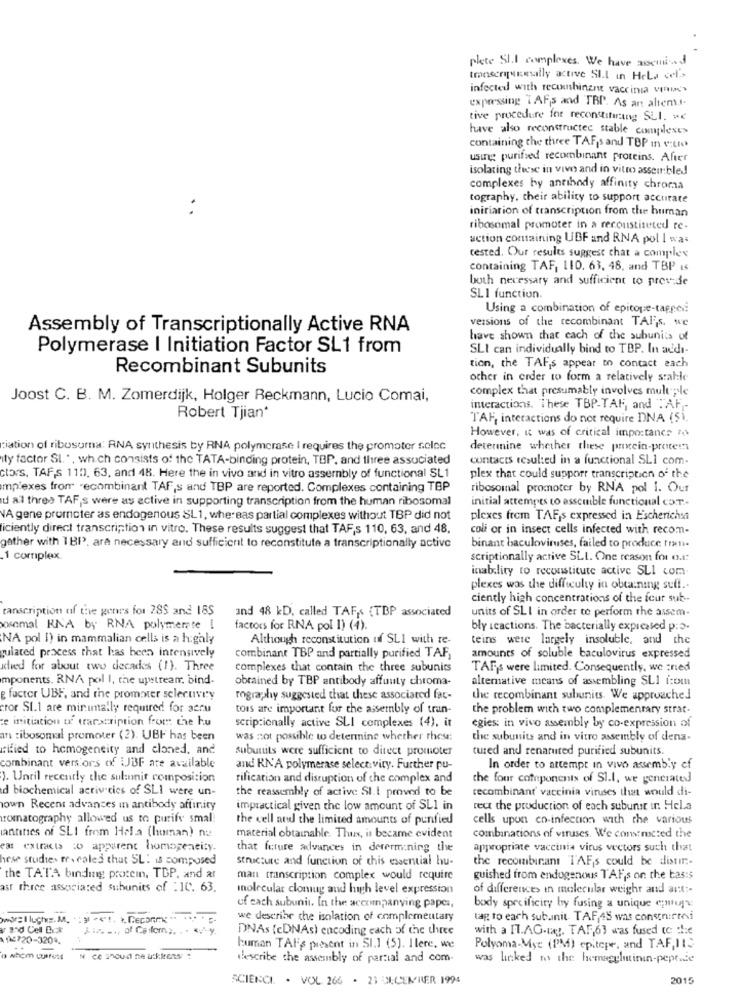
plate SI.I complexes. We have asseund
tmnseripviumnally active SI.l in Hela cel's
infected with recombinant vaccinia vne
expressing TAFs and TBP. As an allem.J.
tive procedure for reconstituring SLI. we
have also reconstructed stable complexes
containing the three TAFs and TOP In vitro
using purified recombinant proteins. After
isolating these in vivo and in vitro assembled
complexes by antibody affinity chroma
tography, their ability to support accurate
initiation of transcription from the human
ribosomal promoter in a reconstituted re-
action containing UBF and RNA pol I was
cested. Our results suggest chat a complex
containing TAF, 110. 63, 48, and TBP Is
both necessary and sufficient to provide
SLI function.
Using a combination of epitope-tapped
versions of the recombinant TAP,s. we
Assembly of Transcriptionally Active RNA
have shown that each of the subunits of
Polymerase I Initiation Factor SL1 from
SLI can individually bind to TBP. In add-
Recombinant Subunits
tion, the TAF,s appear to contact each
other in order to form a relatively stable
complex that presumably involves mult ple
Joost C. B. M. Zomerdijk, Holger Beckmann, Lucio Comai,
interactions. These TBP-TAH, and TAF ,-
Robert Tjian*
TAF, interactions do not require DNA (Si,
However, it was of critical importance as
ciation of ribosuma: ANA synthesis by RNA polymerase I requires the promoter selec
determine whether these prixein-proter
ity factor Sl. ", which consists of the TATA-binding protein, TBP, and three associated
contacts resulted in a functional SLI com-
ctors, TAF,s 110. 63, and 48. Here the in vivo and in vitro assembly of functional SL1
plex that could support transcription of the
mplexes from recombinant TAF,s and TBP are reported. Complexes containing TBP
ribosomal promoter by RNA pol I. Our
d all three TAF,s were as active in supporting transcription from the human ribosomal
initial attempts to assemble functional com-
VA gene promoter as endogenous SL1, whereas partial complexes without TBP did not
plexes frem TAF,s expressed in Escherichia
liciently direct transcription in vitro. These results suggest that TAF,s 110, 63, and 48.
coli or in insect cells infected with recom-
gather with 1BP>, ara necessary and sufficient to reconstitute a transcriptionally active
binant baculoviruses, failed to produce fraui-
.1 complex
scriptionally active SLI. One reason for o .:
inability to reconstitute active SLI com
plexes was the difficulty in obtaining sulf ..
ciently high concentrations of the four sub --
canscription of the genes for 28S and 18S
and 48 kD, called TAFs (TBP associated
units of SLI in order to perform the assem.
xoxsemal RNA by RNA polymerate [
factors for RNA pol I) (4).
bly icactions. The bacterially expressed p:o.
NA pol 1) in mammalian cells is a highly
Although reconstitution uf SLI with re-
teins were largely insoluble, and the
gulated process that has been intensively
combinant TBP and partially purified TAF,
amounts of soluble baculovirus expressed
atved for about two decades (1). Three
complexes that contain the three subunits
TAFs were limited. Consequently, we tried
imponents. RNA pol I, the upstream, bind-
obrained by TBP antibody affuuty chroma-
alternative means of assembling SLI (com
g factor UBF, and the promoter selecuviy
rography suggested that these associated fat-
the recombinant subunits. We approached
cror SI.1 are minimally required for accu
tors are important for the assembly of tran-
the problem with two complementary strat.
te initiation of transcription for the hu
scriptionally active SLI complexes (4). it
egies: in vivo assembly by co-expression of
an ribosomal promoter (2). UBF has been
was not possible to determine whether these:
the subunits and in vitro assembly of dena-
rified to homogeneity and cloned. and
subunits were sufficient to ditect promoter
tured and renaruted purified subunits.
combinant vers ors of UJBF are available
and RNA polymerase selectivity. Further pu-
In order to attempt in vivo assembly ef
). Until recently the sul:nnit composition
rification and disruption of the complex and
the four components of Sl.1, we generated
d biochemical activities of SLI were un-
the reassembly of active SI.I proved to be
recombinant' vaccinia viruses that would di-
own Recent advances in antibody affinity
impractical given the low amount of SLI in
reut the production of each subunit in Hela
romatography allowed us to purify small
the cell and the limited amounts of punfied
cells upon co-infection with the various
antines of SLI from Hela (human) na
material obtainable. Thus, it became evident
combinations of viruses. We constructed the
ear extracts :o apparent homogeneity.
that future advances in determining the
appropriate vaccinia virus vectors such that
hese studies recaled that SL: is composed
structure and function of this essential hu-
the recombinant TAFs could be distir :-
the TATA binding protein, TBP, and ar
man transcription complex would require
guished from endogenous TAF,s on the bas:s
ast three associated subunits of : 10. 63.
molecular clonug and high level expression
of differences in molecular weight and ant :-
of each subunit. In the accompanying papes,
body specificity by fusing a unique enue
we describe the isolation of complementary
tag to each subunit. TAF,45 was constnurmi
I'd Cell Bick
DNAs (cDNAs) cacoding each of the three
with a IT.AG-mar. TAF,63 was fused to die
1912720-3201.
human TAFs present in SI.] (5). Ilere, we
Polyoma-Myc (PM) epitere, and TAF,11S
o whom cusrets
Ne ce should be ukkeas
describe the assembly of partial and com.
was linked to the hemagglutinin-peptide
SCIENCE . VOL 266 . 23 DECEMBER 1994
2015